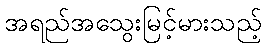
အရည်အသွေးမြင့်မားသည့်